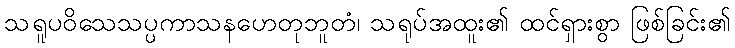
သရူပဝိသေသပ္ပကာသနဟေတုဘူတံ၊ သရုပ်အထူး၏ ထင်ရှားစွာ ဖြစ်ခြင်း၏